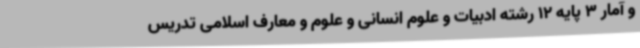
و آمار 3 پایه 12 رشته ادبیات و علوم انسانی و علوم و معارف اسلامی تدریس